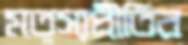
মত্স্যপ্রীতির